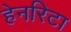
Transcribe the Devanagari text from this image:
हेनरिटा